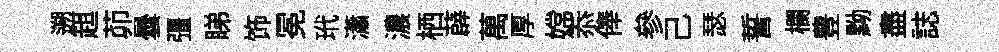
遡趄茆曇彊睇饰冕玳瀟濃栖薜萬厚嫦忝俸參己瑟誓欄豊黝盡誌